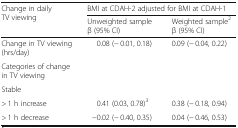
<table><thead><tr><td rowspan="2"><b>Change in daily TV viewing</b></td><td colspan="2"><b>BMI at CDAH-2 adjusted for BMI at CDAH-1</b></td></tr><tr><td><b>Unweighted sampleβ (95% CI)</b></td><td><b>Weighted sample<sup>2</sup>β (95% CI)</b></td></tr></thead><tbody><tr><td>Change in TV viewing (hrs/day)</td><td>0.08 (− 0.01, 0.18)</td><td>0.09 (− 0.04, 0.22)</td></tr><tr><td>Categories of change in TV viewing</td><td></td><td></td></tr><tr><td>Stable</td><td></td><td></td></tr><tr><td>&gt; 1 h increase</td><td>0.41 (0.03, 0.78)<sup>3</sup></td><td>0.38 (− 0.18, 0.94)</td></tr><tr><td>&gt; 1 h decrease</td><td>−0.02 (− 0.40, 0.35)</td><td>0.04 (− 0.46, 0.53)</td></tr></tbody></table>